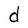
Character: d